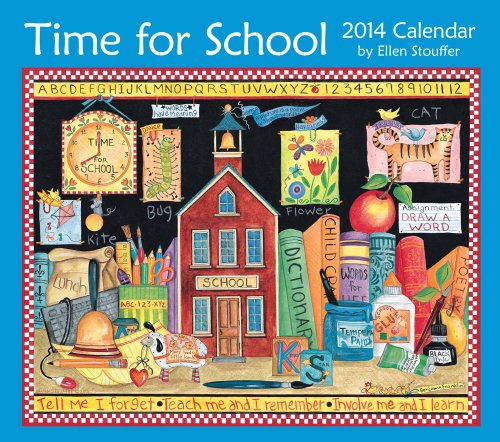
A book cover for Time for School 2014 Deluxe Wall Calendar; Ellen Stouffer; Calendars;